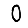
Digit: 0